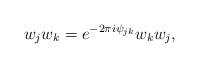
LaTeX: \begin{align*}w_{j}w_{k}=e^{-2\pi i\psi_{jk}}w_{k}w_{j},\end{align*}